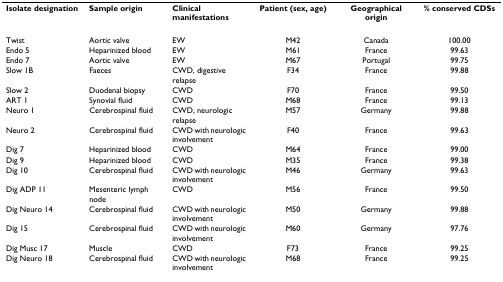
| Isolate designation | Sample origin | Clinical manifestations | Patient (sex, age) | Geographical origin | % conserved CDSs |
 | --- | --- | --- | --- | --- | --- |
 | Twist | Aortic valve | EW | M42 | Canada | 100.00 |
 | Endo 5 | Heparinized blood | EW | M61 | France | 99.63 |
 | Endo 7 | Aortic valve | EW | M67 | Portugal | 99.75 |
 | Slow 1B | Faeces | CWD, digestive relapse | F34 | France | 99.88 |
 | Slow 2 | Duodenal biopsy | CWD | F70 | France | 99.50 |
 | ART 1 | Synovial fluid | CWD | M68 | France | 99.13 |
 | Neuro 1 | Cerebrospinal fluid | CWD, neurologic relapse | M57 | Germany | 99.88 |
 | Neuro 2 | Cerebrospinal fluid | CWD with neurologic involvement | F40 | France | 99.63 |
 | Dig 7 | Heparinized blood | CWD | M64 | France | 99.00 |
 | Dig 9 | Heparinized blood | CWD | M35 | France | 99.38 |
 | Dig 10 | Cerebrospinal fluid | CWD with neurologic involvement | M46 | Germany | 99.63 |
 | Dig ADP 11 | Mesenteric lymph node | CWD | M56 | France | 99.50 |
 | Dig Neuro 14 | Cerebrospinal fluid | CWD with neurologic involvement | M50 | Germany | 99.88 |
 | Dig 15 | Cerebrospinal fluid | CWD with neurologic involvement | M60 | Germany | 97.76 |
 | Dig Musc 17 | Muscle | CWD | F73 | France | 99.25 |
 | Dig Neuro 18 | Cerebrospinal fluid | CWD with neurologic involvement | M68 | France | 99.25 |